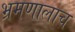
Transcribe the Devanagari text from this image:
भ्रमणालाच